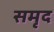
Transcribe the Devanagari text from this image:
समृद